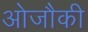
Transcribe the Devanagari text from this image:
ओजौकी